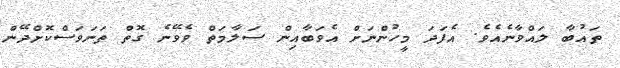
ތައުބާ ލައްވާނެއެވެ. އެފަދަ މީހުންނަށް އެވަބާއިން ސަލާމަތް ވެވޭނެ ގޮތް ތަނަވަސްކޮށްދޭން